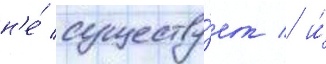
н'е́ существу́ет / и́